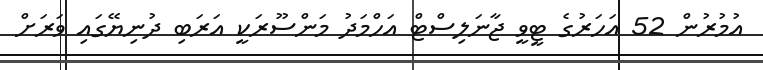
އުމުރުން 52 އަހަރުގެ ޓީވީ ޖާނަލިސްޓް އަހްމަދު މަންސޫރަކީ އަރަބި ދުނިޔޭގައި ވަރަށް